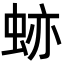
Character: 𧊤